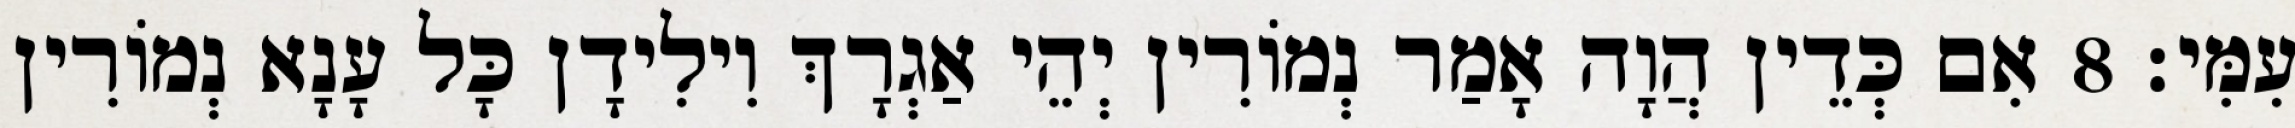
עִמִּי׃ 8 אִם כְּדֵין הֲוָה אָמַר נְמוֹרִין יְהֵי אַגְרָךְ וִילִידָן כָּל עָנָא נְמוֹרִין